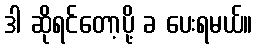
ဒါ ဆိုရင်တော့ပို့ ခ ပေးရမယ်။